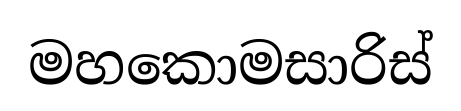
මහකොමසාරිස්